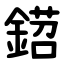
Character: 鍣